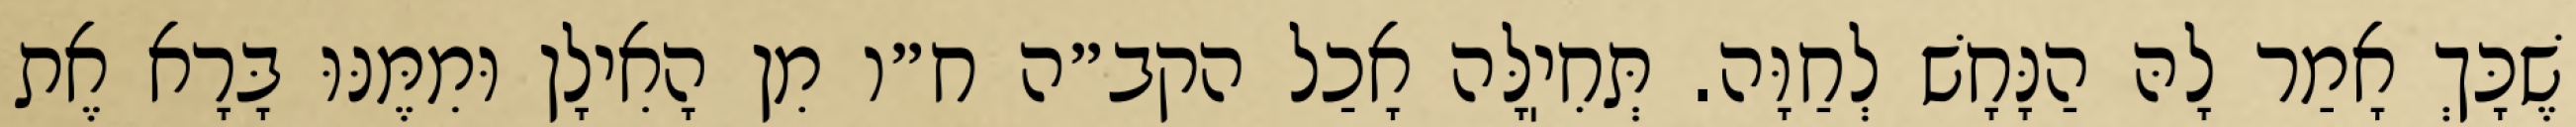
שֶׁכָּךְ אָמַר לָהּ הַנָּחָשׁ לְחַוָּה. תְּחִיֽלָּה אָכַל הקב״ה ח״ו מִן הָאִילָן וּמִמֶּנּוּ בָּרָא אֶת